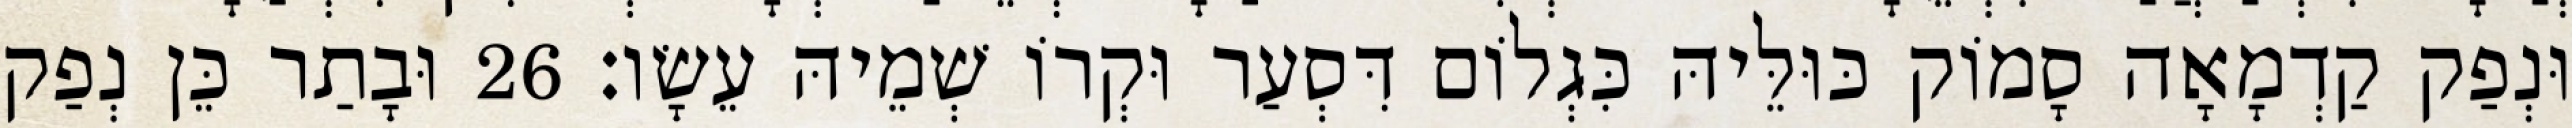
וּנְפַק קַדְמָאָה סָמוֹק כּוּלֵּיהּ כִּגְלוֹם דִּסְעַר וּקְרוֹ שְׁמֵיהּ עֵשָׂו׃ 26 וּבָתַר כֵּן נְפַק